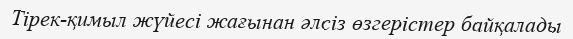
Тірек-қимыл жүйесі жағынан әлсіз өзгерістер байқалады